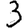
Digit: 3